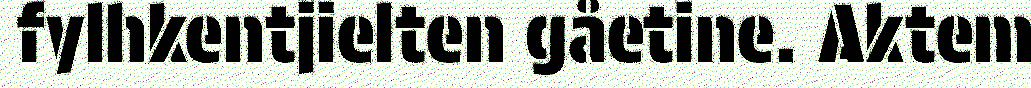
fylhkentjielten gåetine. Aktem